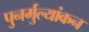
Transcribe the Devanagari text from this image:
पुनर्मुल्यांकन